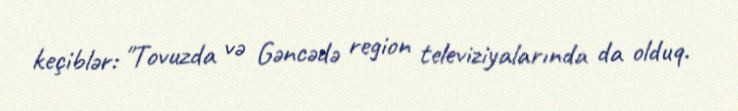
keçiblər: "Tovuzda və Gəncədə region televiziyalarında da olduq.